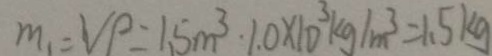
m _ { 1 } = v \rho = 1 . 5 m ^ { 3 } . 1 . 0 \times 1 0 ^ { 3 } k g / m ^ { 3 } = 1 . 5 k g